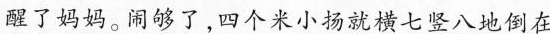
醒了妈妈。闹够了，四个米小扬就横七竖八地倒在